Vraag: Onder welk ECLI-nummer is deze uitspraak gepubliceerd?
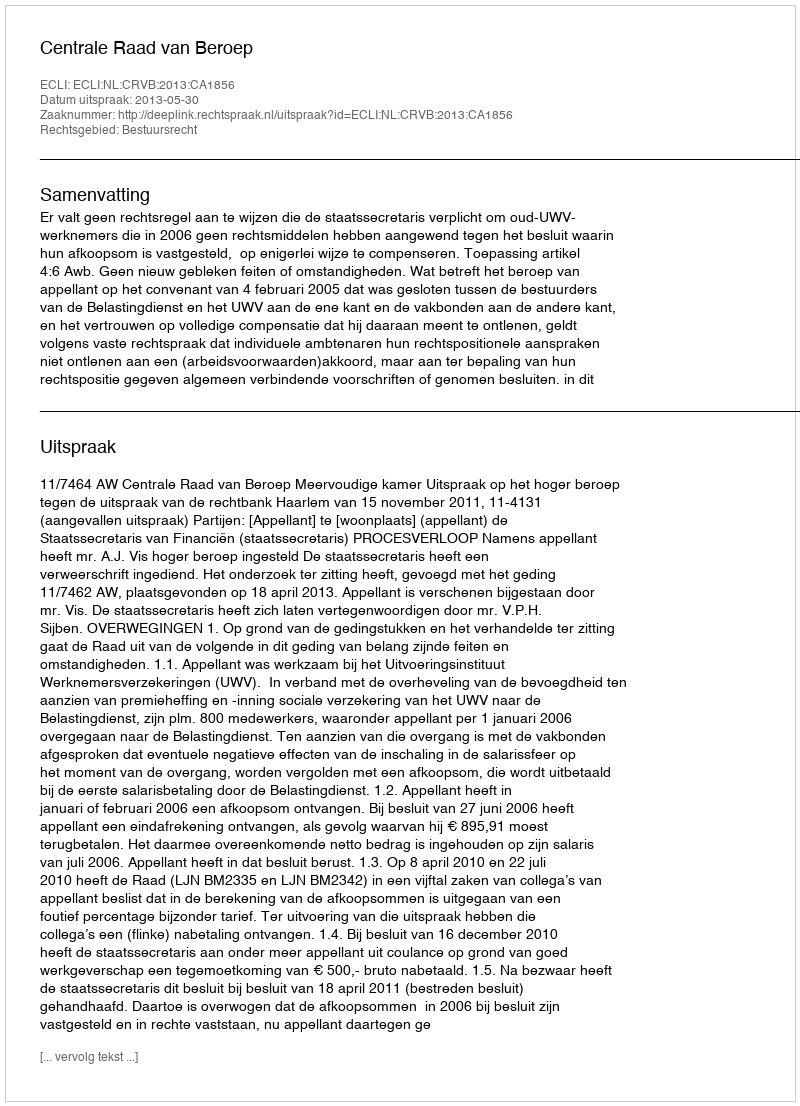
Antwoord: ECLI:NL:CRVB:2013:CA1856